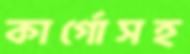
কার্গোসহ